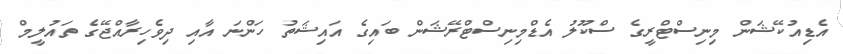
އެޑިއުކޭޝަން މިނިސްޓްރީގެ ސްކޫލު އެޑްމިނިސްޓްރޭޝަން ބައިގެ އައިޝަތު ހަންނަ އާއި ދިވެހިރާއްޖޭގެ ތައުލީމް